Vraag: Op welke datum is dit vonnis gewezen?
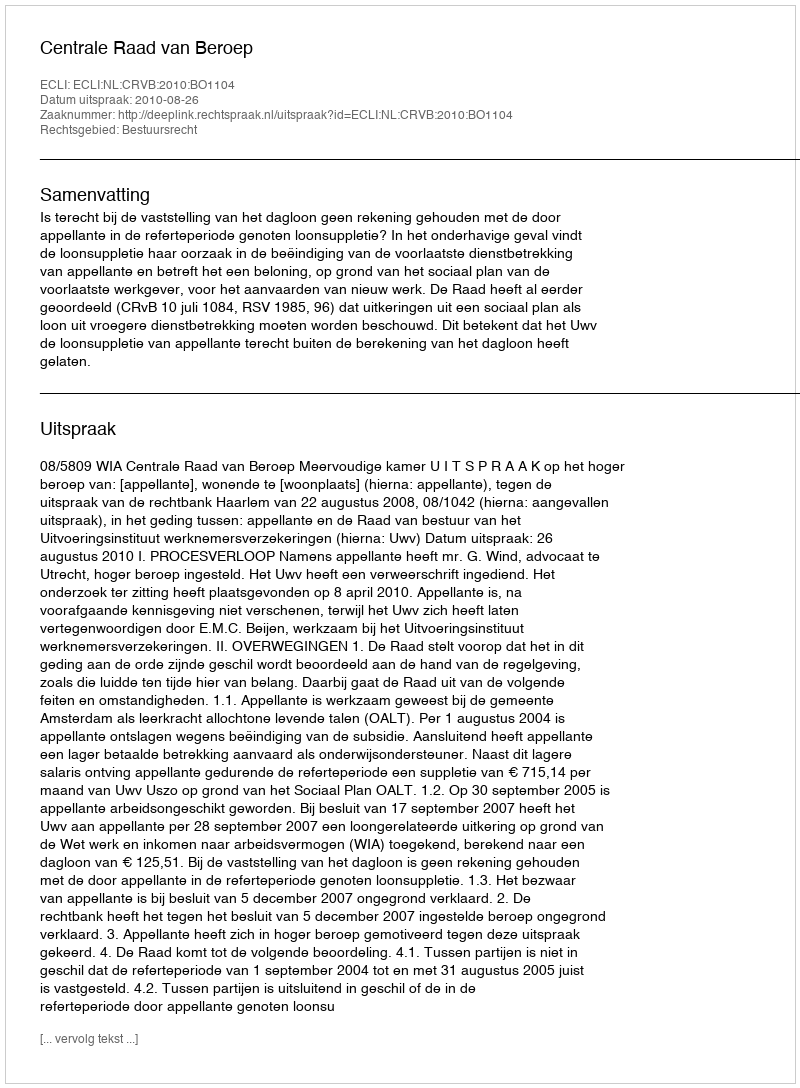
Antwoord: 2010-08-26